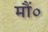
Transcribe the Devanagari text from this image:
मौं०